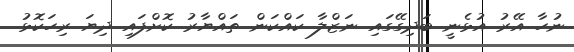
ނުހާ އޭރު އުޅެނީ ބަދިގޭގައި ނަޒްލާ ކައްކަން ތައްޔާރު ކޮށްފައި ދިޔަ ރިހަކޮޅު